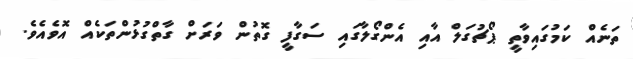
ތަނެއް ކަމުގައިވާތީ ޕޯޗުގަލް އާއި އެންގޯލާގައި ސަގާފީ ގޮތުން ވަރަށް ގާތްގުޅުންތަކެއް އޮވެއެވެ.